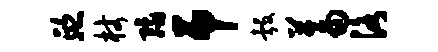
熙杖豫吊彀蓄洛